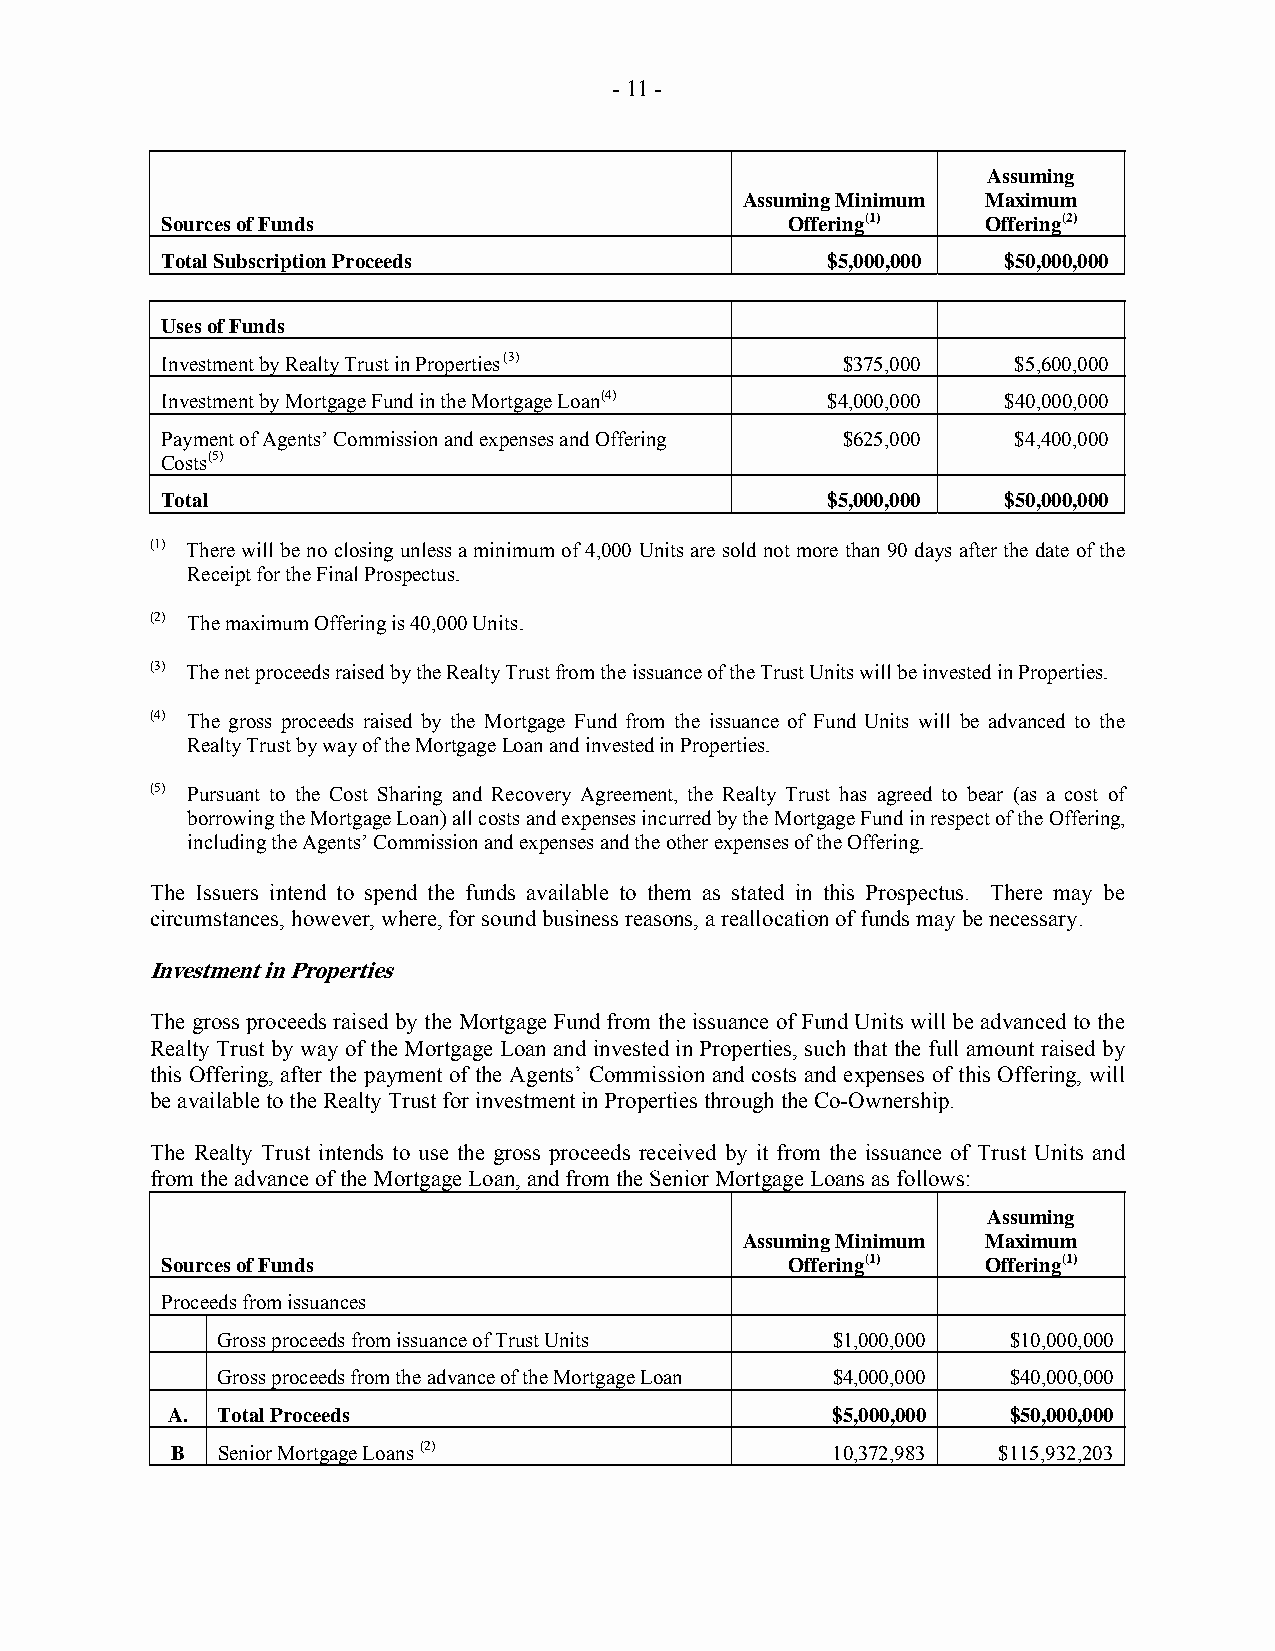
- 11 -
 Assuming
 Assuming Minimum Maximum
 Sources of Funds                         Offering(1)  Offering(2)
 Total Subscription Proceeds                 $5,000,000 $50,000,000
 Uses of Funds
 Investment by Realty Trust in Properties (3) $375,000   $5,600,000
 Investment by Mortgage Fund in the Mortgage Loan(4) $4,000,000 $40,000,000
 Payment of Agents’ Commission and expenses and Offering $625,000 $4,400,000
 Costs(5)
 Total                                       $5,000,000 $50,000,000
 (1) There will be no closing unless a minimum of 4,000 Units are sold not more than 90 days after the date of the
 Receipt for the Final Prospectus.
 (2) The maximum Offering is 40,000 Units.
 (3) The net proceeds raised by the Realty Trust from the issuance of the Trust Units will be invested in Properties.
 (4) The gross proceeds raised by the Mortgage Fund from the issuance of Fund Units will be advanced to the
 Realty Trust by way of the Mortgage Loan and invested in Properties.
 (5) Pursuant to the Cost Sharing and Recovery Agreement, the Realty Trust has agreed to bear (as a cost of
 borrowing the Mortgage Loan) all costs and expenses incurred by the Mortgage Fund in respect of the Offering,
 including the Agents’ Commission and expenses and the other expenses of the Offering.
 The Issuers intend to spend the funds available to them as stated in this Prospectus. There may be
 circumstances, however, where, for sound business reasons, a reallocation of funds may be necessary.
 Investment in Properties
 The gross proceeds raised by the Mortgage Fund from the issuance of Fund Units will be advanced to the
 Realty Trust by way of the Mortgage Loan and invested in Properties, such that the full amount raised by
 this Offering, after the payment of the Agents’ Commission and costs and expenses of this Offering, will
 be available to the Realty Trust for investment in Properties through the Co-Ownership.
 The Realty Trust intends to use the gross proceeds received by it from the issuance of Trust Units and
 from the advance of the Mortgage Loan, and from the Senior Mortgage Loans as follows:
 Assuming
 Assuming Minimum Maximum
 Sources of Funds                         Offering(1)  Offering(1)
 Proceeds from issuances
 Gross proceeds from issuance of Trust Units $1,000,000 $10,000,000
 Gross proceeds from the advance of the Mortgage Loan $4,000,000 $40,000,000
 A. Total Proceeds                           $5,000,000  $50,000,000
 B  Senior Mortgage Loans (2)                10,372,983 $115,932,203